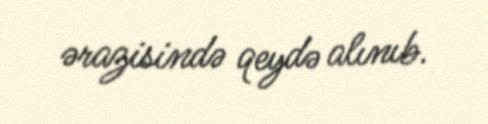
ərazisində qeydə alınıb.